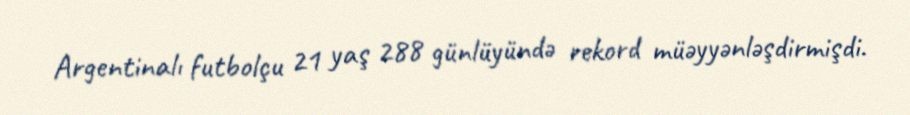
Argentinalı futbolçu 21 yaş 288 günlüyündə rekord müəyyənləşdirmişdi.